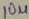
Text: 10µF